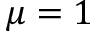
\mu = 1